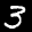
Label: 3